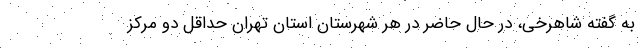
به گفته شاهرخی، در حال حاضر در هر شهرستان استان تهران حداقل دو مرکز